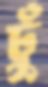
ঢুঁ